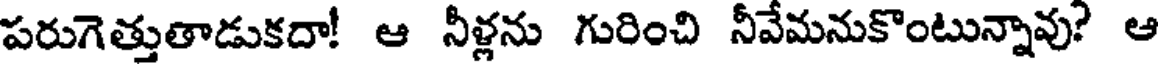
పరుగెత్తుతాడుకదా! ఆ నీళ్లను గురించి నీవేమనుకొంటున్నావు? ఆ